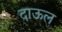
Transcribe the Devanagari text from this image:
दाऊल